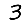
Digit: 3